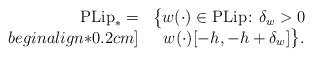
LaTeX: \begin{align*}\begin{array}{rl}\mathrm{PLip}_* = & \big\{w(\cdot) \in \mathrm{PLip} \colon \delta_w > 0 \\begin{align*}0.2cm]& \ \,\, w(\cdot) [-h,-h+\delta_w] \big\}.\end{array}\end{align*}